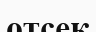
отсек